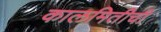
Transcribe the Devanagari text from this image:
कालमितीची